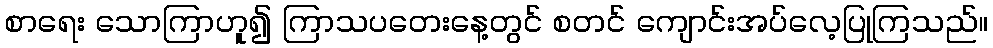
စာရေး သောကြာဟူ၍ ကြာသပတေးနေ့တွင် စတင် ကျောင်းအပ်လေ့ပြုကြသည်။